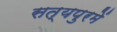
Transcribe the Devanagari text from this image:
सत्यपुरमें